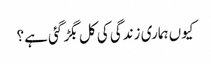
کیوں ہماری زندگی کی کل بگڑ گئی ہے؟